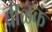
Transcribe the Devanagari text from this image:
वाळकं